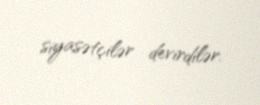
siyasətçilər devirdilər.